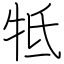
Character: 牴